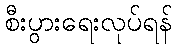
စီးပွားရေးလုပ်ရန်